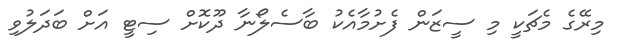
މިރޭގެ މެޗަކީ މި ސީޒަން ފެށުމާއެކު ބާސެލޯނާ ދޫކޮށް ސިޓީ އަށް ބަދަލުވި